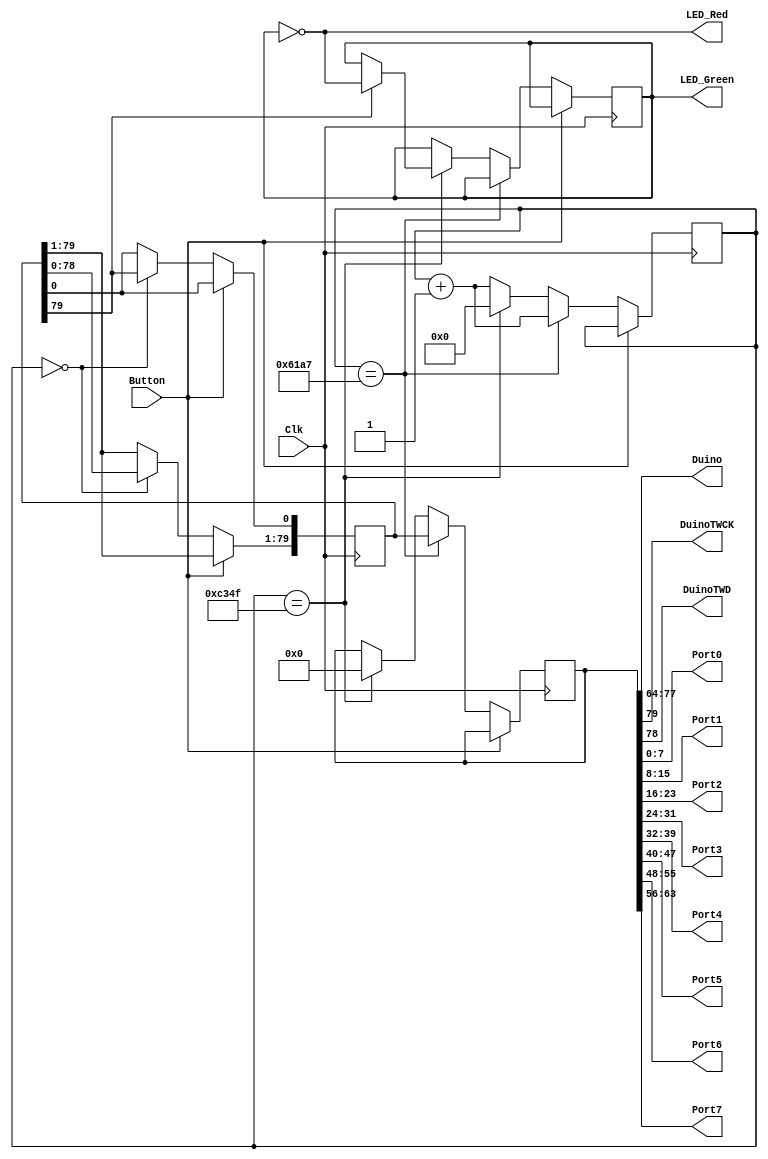
`timescale 1ns / 1ps
//////////////////////////////////////////////////////////////////////////////////
// Company: 
// Engineer: 
// 
// Design Name: 
// Module Name:    FPGA_Shield_Top 
// Project Name: 
// Target Devices: 
// Tool versions: 
// Description: 
//
// Dependencies: 
//
// Revision: 
// Revision 0.01 - File Created
// Additional Comments: 
//
//////////////////////////////////////////////////////////////////////////////////
module Production_Test (
    input Clk,
    input Button,
    output LED_Green,
    output LED_Red,
    output [13:0] Duino,
    output DuinoTWCK,
    output DuinoTWD,
    output [7:0] Port0,
    output [7:0] Port1,
    output [7:0] Port2,
    output [7:0] Port3,
    output [7:0] Port4,
    output [7:0] Port5,
    output [7:0] Port6,
    output [7:0] Port7
    
);

reg [79:0] testReg=80'h00000000000000000001;
reg [79:0] outReg;
reg [15:0] Count;
reg ledState;

assign {DuinoTWCK,DuinoTWD,Duino,Port7,Port6,Port5,Port4,Port3,Port2,Port1,Port0}=outReg;
assign LED_Green=ledState;
assign LED_Red=!ledState;

always @(posedge Clk) begin
    if (!Button) begin
        if (Count==0) begin
            testReg[79:1]<=testReg[78:0];
            testReg[0]<=testReg[79];
        end
        if (Count==24999) begin //1ms
            outReg<=testReg;
            Count<=Count+1;
        end
        else if (Count==49999) begin //2ms
            outReg<=80'h00000000000000000000;
            Count<=0;
            if (testReg[79]==1) begin
                ledState<=!ledState;
            end
        end
        else begin
            Count<=Count+1;
        end
    end
end
endmodule